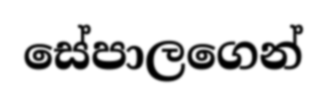
සේපාලගෙන්